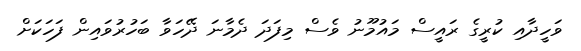
ވަހީދާއި ކުރީގެ ރައީސް މައުމޫނު ވެސް މިފަދަ ދެމާނަ ދޭހަވާ ބަހުރުވައިން ފަހަކަށް